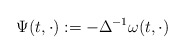
\begin{align*}\Psi(t,\cdot) := -\Delta^{-1} \omega(t,\cdot) \end{align*}